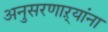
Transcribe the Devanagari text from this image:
अनुसरणाऱ्यांना